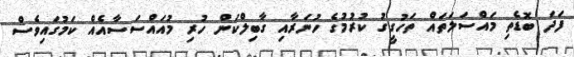
ފަދަ ބޮޑެތި މައްސަލަތައް ތަހުގީގު ކުރުމުގެ ހުނަރާއި ގާބިލްކަން ހުރި މުއައްސަސާއެއް ކަމުގައިވެސް